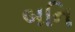
બનિ